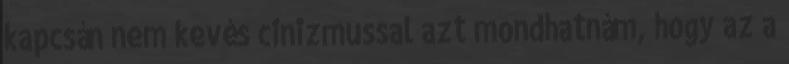
kapcsán nem kevés cinizmussal azt mondhatnám, hogy az a